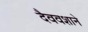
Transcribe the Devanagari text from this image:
दैववशाने